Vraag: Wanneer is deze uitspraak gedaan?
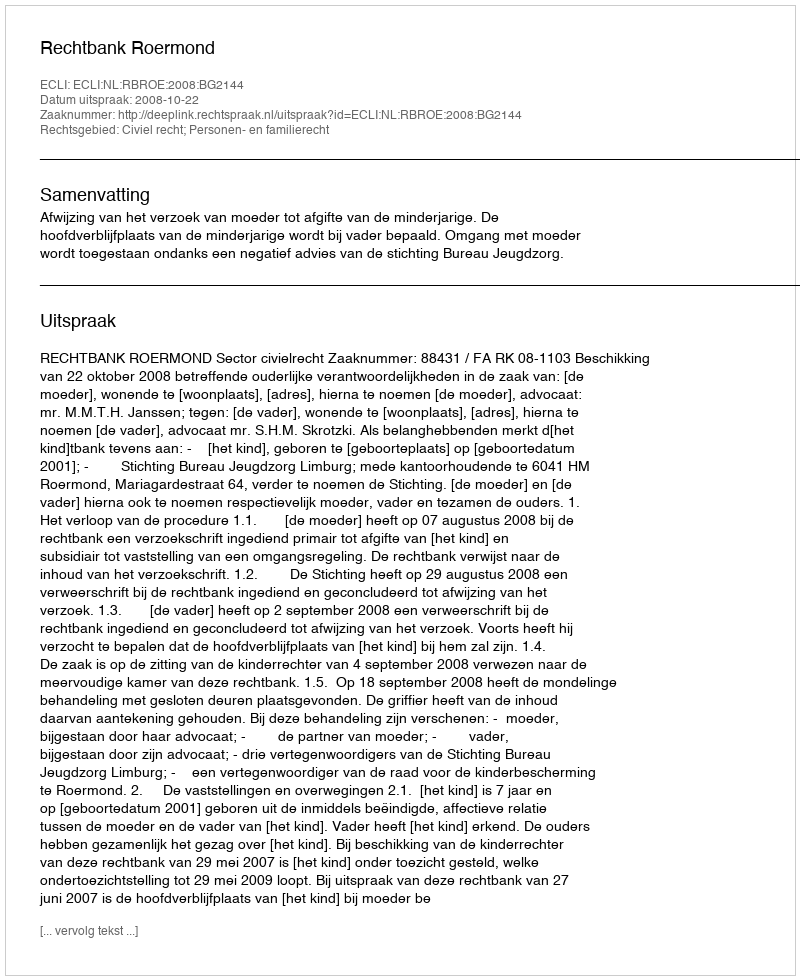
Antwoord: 2008-10-22